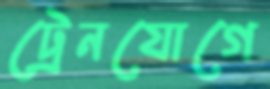
ট্রেনযোগে